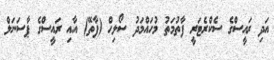
އަދި ރައީސްގެ ސެކްރެޓަރީ ފާތުމަތު މުހައްމަދު ސޯލިހް (ފާތޭ) އާއި ރައީސްގެ ޕާސަނަލް